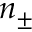
n _ { \pm }